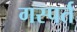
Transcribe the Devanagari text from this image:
गस्पर्त